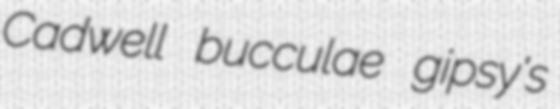
Cadwell bucculae gipsy's